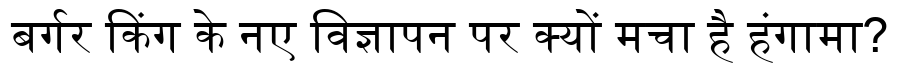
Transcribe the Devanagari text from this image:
बर्गर किंग के नए विज्ञापन पर क्यों मचा है हंगामा?